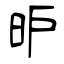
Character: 昈